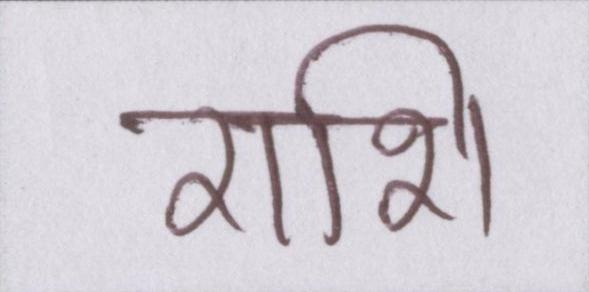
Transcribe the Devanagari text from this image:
राशि